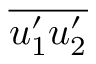
\overline { { u _ { 1 } ^ { \prime } u _ { 2 } ^ { \prime } } }